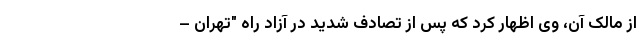
از مالک آن، وی اظهار کرد که پس از تصادف شدید در آزاد راه "تهران –